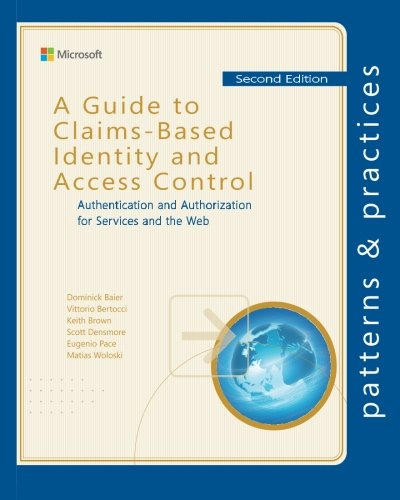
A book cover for A Guide to Claims-Based Identity and Access Control: Authentication and Authorization for Services and the Web (Microsoft patterns & practices); Dominick Baier; Computers & Technology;